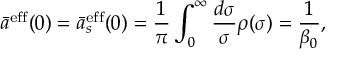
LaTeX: \bar { a } ^ { \mathrm { e f f } } ( 0 ) = \bar { a } _ { s } ^ { \mathrm { e f f } } ( 0 ) = \frac { 1 } { \pi } \int _ { 0 } ^ { \infty } \frac { d \sigma } { \sigma } \rho ( \sigma ) = \frac { 1 } { \beta _ { 0 } } ,